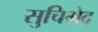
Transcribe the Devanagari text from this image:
सुचिभेद